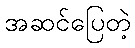
အဆင်ပြေတဲ့